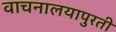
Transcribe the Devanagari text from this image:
वाचनालयापुरती